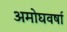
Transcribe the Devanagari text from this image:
अमोघवर्षा